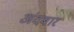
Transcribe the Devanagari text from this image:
अंदबार